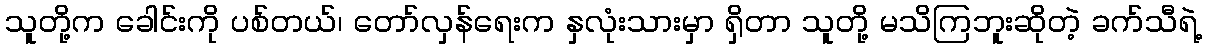
သူတို့က ခေါင်းကို ပစ်တယ်၊ တော်လှန်ရေးက နှလုံးသားမှာ ရှိတာ သူတို့ မသိကြဘူးဆိုတဲ့ ခက်သီရဲ့